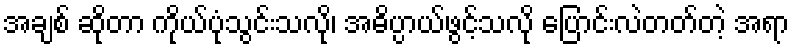
အချစ် ဆိုတာ ကိုယ်ပုံသွင်းသလို၊ အဓိပ္ပာယ်ဖွင့်သလို ပြောင်းလဲတတ်တဲ့ အရာ